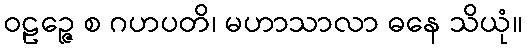
ဝဠဉ္ဇေ စ ဂဟပတိ၊ မဟာသာလာ ဓနေ သိယုံ။